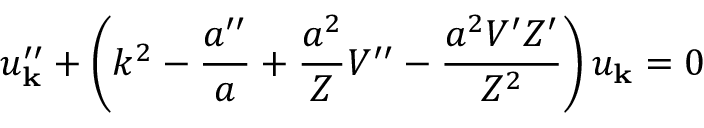
u _ { \bf k } ^ { \prime \prime } + \left( k ^ { 2 } - \frac { a ^ { \prime \prime } } { a } + \frac { a ^ { 2 } } { Z } V ^ { \prime \prime } - \frac { a ^ { 2 } V ^ { \prime } Z ^ { \prime } } { Z ^ { 2 } } \right) u _ { \bf k } = 0